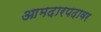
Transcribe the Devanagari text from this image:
आमदारपदावर